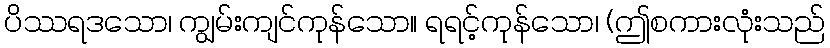
ပိဿရဒသော၊ ကျွမ်းကျင်ကုန်သော။ ရရင့်ကုန်သော၊ (ဤစကားလုံးသည်